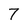
Character: 7